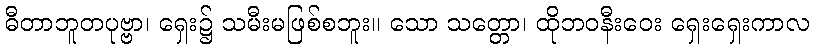
ဓီတာဘူတပုဗ္ဗာ၊ ရှေး၌ သမီးမဖြစ်စဘူး။ သော သတ္တော၊ ထိုဘဝနီးဝေး ရှေးရှေးကာလ